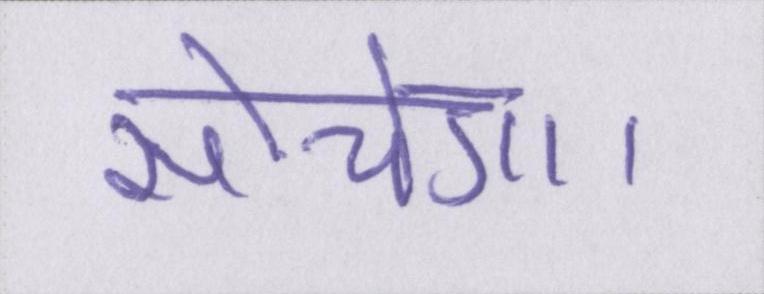
सोचेगा